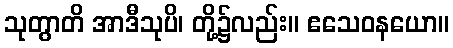
သုတွာတိ အာဒီသုပိ၊ တို့၌လည်း။ ဧသေဝနယော။